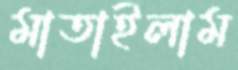
মাতাইলাম